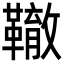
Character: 𩍒